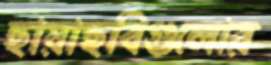
ছায়াছবিগুলোর